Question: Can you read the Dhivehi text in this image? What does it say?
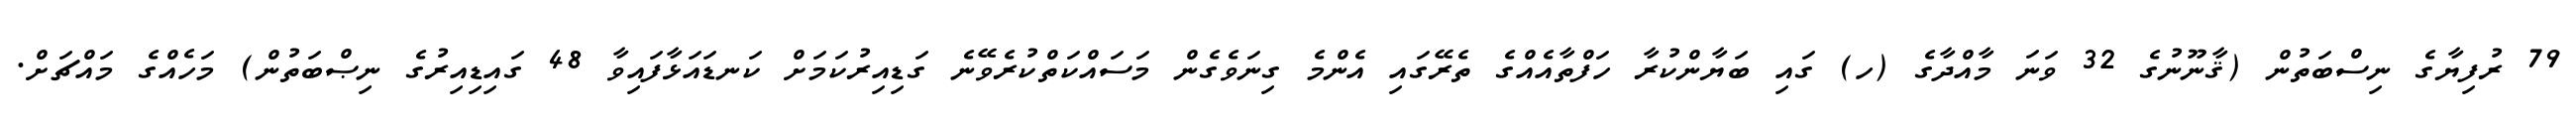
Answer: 79 ރުފިޔާގެ ނިސްބަތުން (ޤާނޫނުގެ 32 ވަނަ މާއްދާގެ (ހ) ގައި ބަޔާންކުރާ ހަފްތާއެއްގެ ތެރޭގައި އެންމެ ގިނަވެގެން މަސައްކަތްކުރެވޭނެ ގަޑިއިރުކަމަށް ކަނޑައަޅާފައިވާ 48 ގައިޑިއިރުގެ ނިޞްބަތުން) މަހެއްގެ މައްޗަށް.